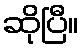
ဆိုပြီ။